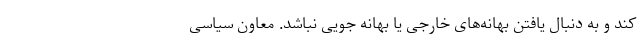
کند و به دنبال یافتن بهانه‌های خارجی یا بهانه جویی نباشد. معاون سیاسی